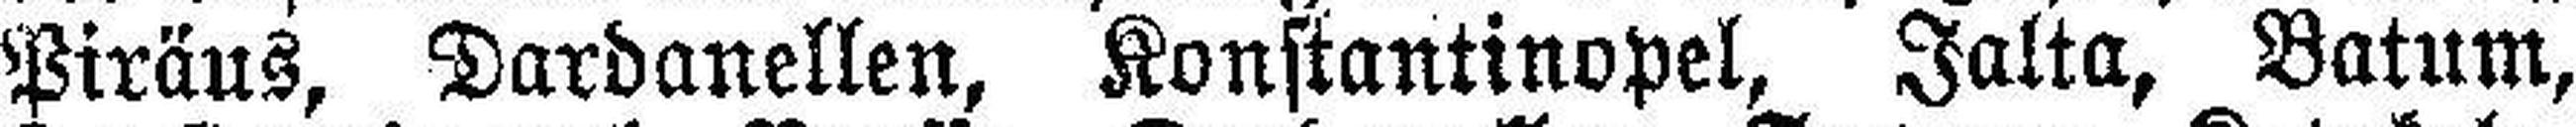
Piräus, Dardanellen, Konstantinopel, Jalta, Batum,